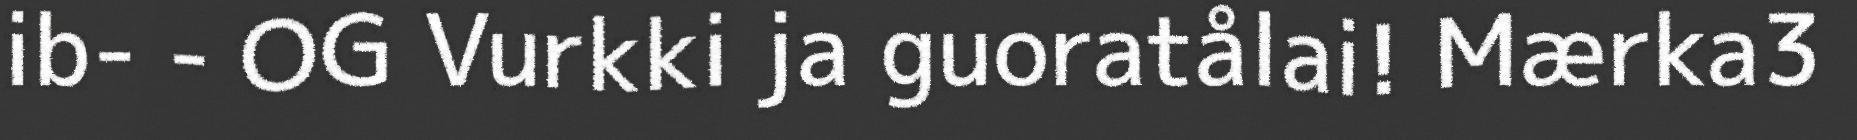
ib- - OG Vurkki ja guoratålai! Mærka3